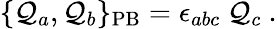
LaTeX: \{ \mathcal{Q}_{a},\mathcal{Q}_{b}\} _{\mathrm{{PB}}}=\epsilon_{abc}\ \mathcal{Q}_{c}\ .